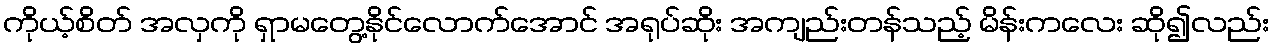
ကိုယ့်စိတ် အလှကို ရှာမတွေ့နိုင်လောက်အောင် အရုပ်ဆိုး အကျည်းတန်သည့် မိန်းကလေး ဆို၍လည်း